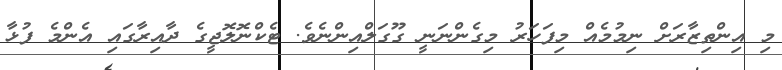
މި އިންތިޒާރަށް ނިމުމެއް މިފަހަރު މިގެންނަނީ ގޫގަލްއިންނެވެ. ޓެކްނޮލޮޖީގެ ދާއިރާގައި އެންމެ ފުޅާ